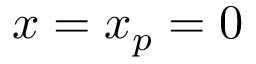
x = x _ { p } = 0